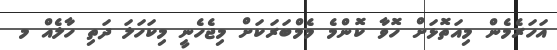
އަހަރެމެން މިއަތޮޅަށް ހޮވާ ކޮންމެ މެމްބަރަކަށް މިޖެހެނީ މިކަހަލަ ދަތި ހާލެއް މ